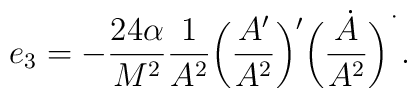
e_3=-\frac{24\alpha}{M^2}\frac{1}{A^2}\bigg(\frac{A'}{A^2}\bigg)'\bigg(\frac{\dot{A}}{A^2}\bigg)^{\dot{\ }}.